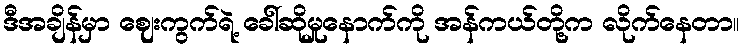
ဒီအချိန်မှာ ဈေးကွက်ရဲ့ ခေါ်ဆိုမှုနောက်ကို အန်ကယ်တို့က လိုက်နေတာ။